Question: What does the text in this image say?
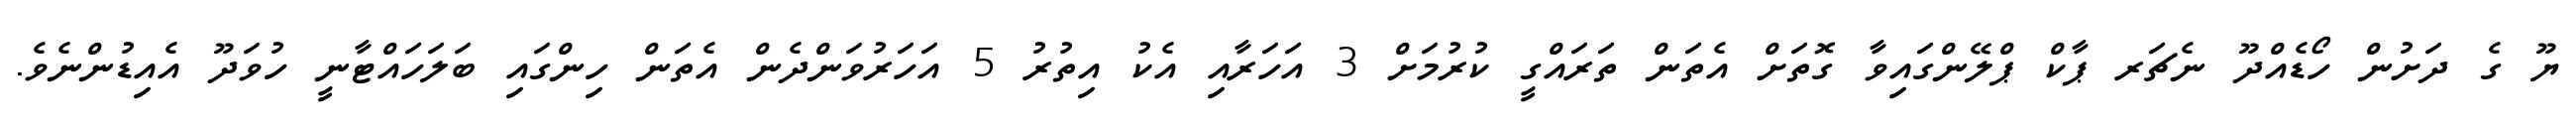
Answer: ޔޫ ގެ ދަށުން ހޯޑެއްދޫ ނެޗަރ ޕާކް ޕްލޭންގައިވާ ގޮތަށް އެތަން ތަރައްގީ ކުރުމަށް 3 އަހަރާއި އެކު އިތުރު 5 އަހަރުވަންދެން އެތަން ހިންގައި ބަލަހައްޓާނީ ހުވަދޫ އެއިޑުންނެވެ.